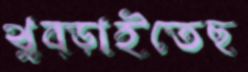
থুব্‌ড়াইতেছ